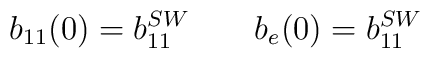
b_{11}(0)=b_{11}^{SW} \qquad b_e(0)=b_{11}^{SW}